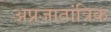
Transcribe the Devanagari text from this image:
अप्रजातांत्रिक